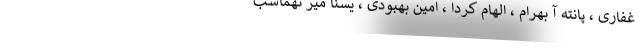
غفاری ، پانته آ بهرام ، الهام کردا ، امین بهبودی ، یسنا میر تهماسب